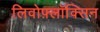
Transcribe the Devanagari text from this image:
लिवोफ़्लॉक्सिन